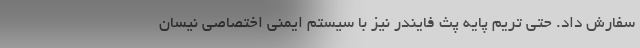
سفارش داد. حتی تریم پایه پث فایندر نیز با سیستم ایمنی اختصاصی نیسان